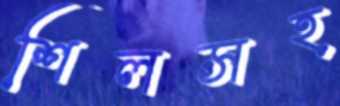
শিলসহ